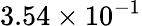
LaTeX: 3.54\times 10^{-1}